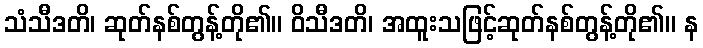
သံသီဒတိ၊ ဆုတ်နစ်တွန့်တို၏။ ဝိသီဒတိ၊ အထူးသဖြင့်ဆုတ်နစ်တွန့်တို၏။ န